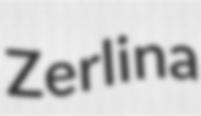
Zerlina